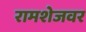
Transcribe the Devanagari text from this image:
रामशेजवर